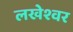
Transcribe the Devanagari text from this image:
लखेश्वर